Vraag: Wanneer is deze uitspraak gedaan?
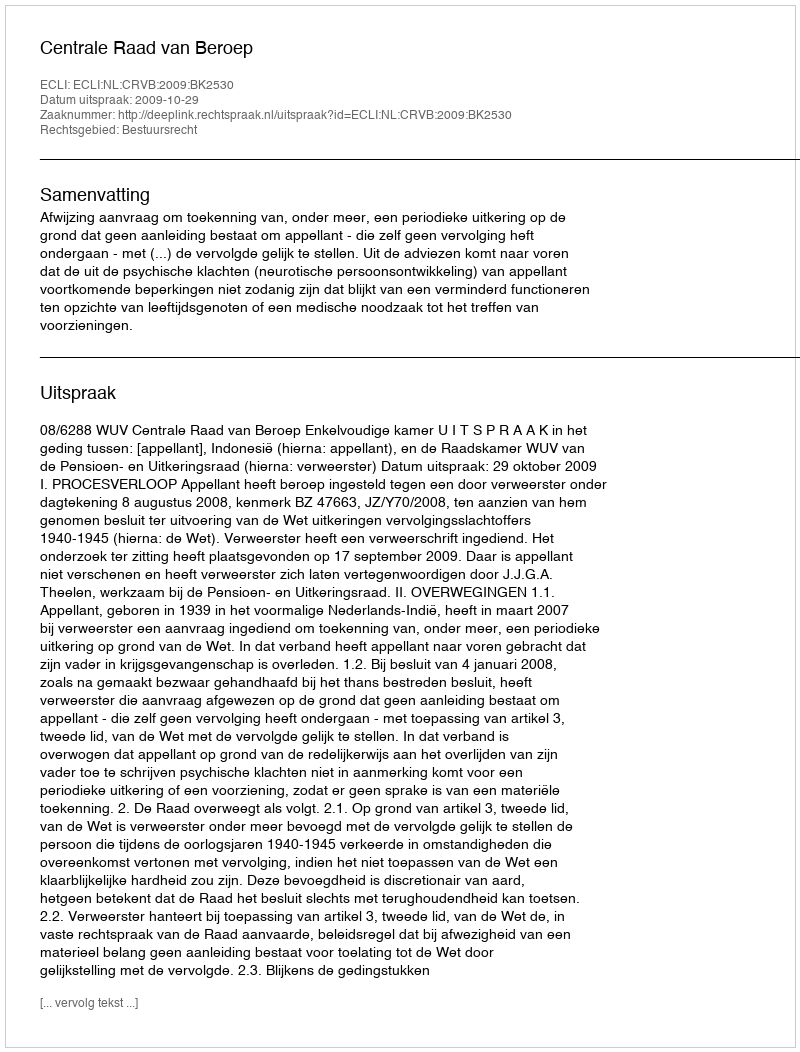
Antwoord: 2009-10-29